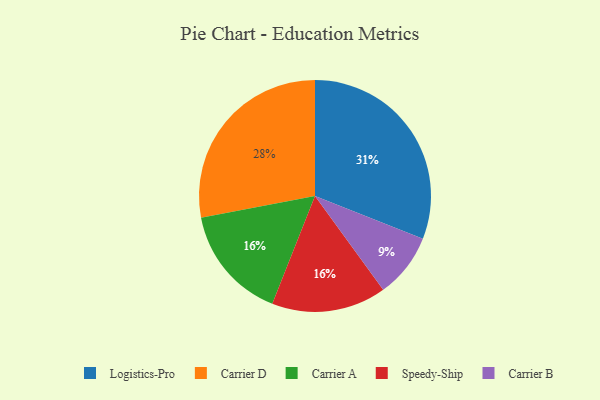
{"axis": {"x": "Category", "y": "Percentage"}, "legend": ["Carrier A", "Carrier B", "Carrier D", "Logistics-Pro", "Speedy-Ship"], "data": [{"x": "Carrier D", "y": 28, "type": "Carrier D"}, {"x": "Carrier A", "y": 16, "type": "Carrier A"}, {"x": "Speedy-Ship", "y": 16, "type": "Speedy-Ship"}, {"x": "Carrier B", "y": 9, "type": "Carrier B"}, {"x": "Logistics-Pro", "y": 31, "type": "Logistics-Pro"}]}